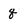
Character: q